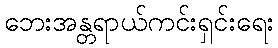
ဘေးအန္တရာယ်ကင်းရှင်းရေး